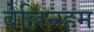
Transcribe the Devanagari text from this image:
बेल्लिन्ग्हम